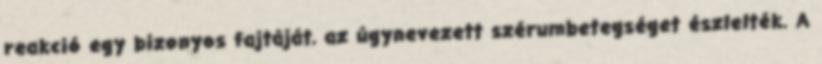
reakció egy bizonyos fajtáját, az úgynevezett szérumbetegséget észlelték. A